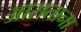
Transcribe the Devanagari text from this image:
आसताना